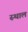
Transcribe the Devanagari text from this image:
स्‍थाल